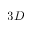
3 D